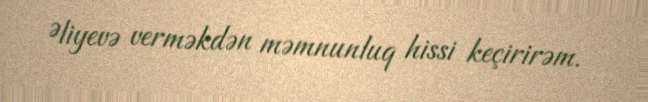
Əliyevə verməkdən məmnunluq hissi keçirirəm.